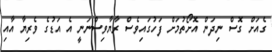
ގެއަށް ގޮސް ނިދަން އޮށޯތުމަށް ފަހުގައިވެސް ރާޔާވިސްނަނީ އެ އަޑުގެ ވެރިޔާ އާއި